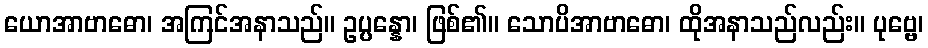
ယောအာဗာဓော၊ အကြင်အနာသည်။ ဥပ္ပန္နော၊ ဖြစ်၏။ သောပိအာဗာဓော၊ ထိုအနာသည်လည်း။ ပုဗ္ဗေ၊